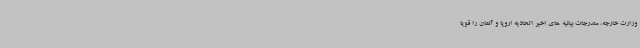
وزارت خارجه، مندرجات بیانیه های اخیر اتحادیه اروپا و آلمان را قویا